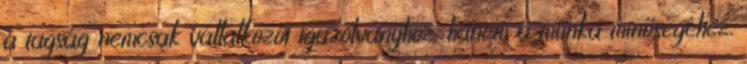
a tagság nemcsak vállalkozói igazolványhoz, hanem a munka minőségéhez,